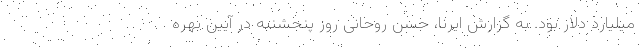
میلیارد دلار بود. به گزارش ایرنا، حسن روحانی روز پنجشنبه در آیین بهره